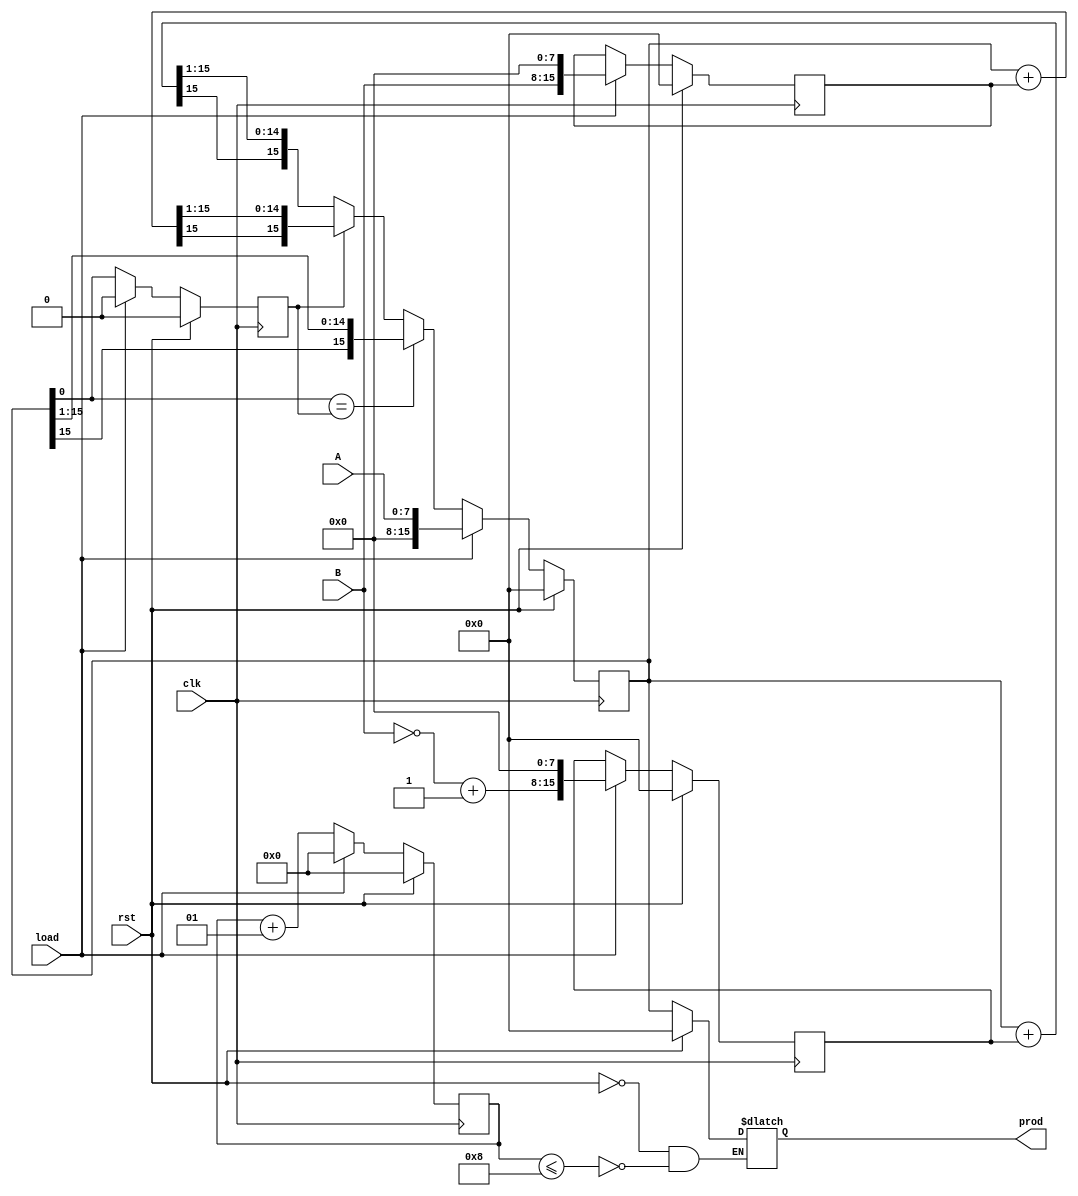
/*
   Assignment No. - 6
   Problem No. - 3
   Semester - 5 (Autumn 2021-22)
   Group No. - 30
   Group Members - Vanshita Garg (19CS10064) & Ashutosh Kumar Singh (19CS30008)
*/

`timescale 1ns / 1ps

// Module for Sequential Signed Binary Multiplier (Booth Multiplier)
module booth_multiplier #(parameter N = 8) (clk, rst, load, A, B, prod);
     /*
      Input and output ports :
      clk - the clock signal
      rst - the reset signal
      load - the load signal
      A - parallel load value for 1st integer
      B - parallel load value for 2nd integer
      prod - the 16-bit product output
    */
    input clk, rst, load;
    input signed [N-1:0] A, B;
    output reg [2*N-1:0] prod;

    // right_bit stores the rightmost shifted bit used in booth multiplier 
    // Initialized to zero
    reg right_bit = 1'b0; 

    // pos_B stores 8-bit right shifted positive multiplicand B
    // neg_B stores 8-bit right shifted negative multiplicand B
    // prod_sofar stores temporary computed product after each iteration 
    reg signed [2*N-1:0] pos_B, neg_B, prod_sofar;

    // a and b stores A and B respectively, used for parallel load of input
    reg signed [N-1:0] a, b;

    // loop counter for booth multiplication algorithm, will count till 8
    integer counter = 0;

    // executes on every positive edge of clk
    always @(posedge clk) begin

        // If rst is pressed, reset everything to 0
        if (rst) begin
            right_bit <= 1'b0;
            a <= 8'b0;
            b <= 8'b0;
            pos_B <= 16'b0;
            neg_B <= 16'b0;
            prod_sofar <= 16'b0;
            counter <= 0;
        end

        // If load is pressed, load data and reset everything else
        else if (load) begin
            right_bit <= 1'b0;
            a <= A;
            b <= B;
            pos_B <= {B, 8'b0};
            neg_B <= (~B + 1'b1) << 8;
            prod_sofar <= {8'b0, A};
            counter <= 0;
        end

        // Computes product of A and B by checking two leftmost bits
        else begin

            // If two leftmost bits are 00 or 11, shift right by 1-bit
            if (prod_sofar[0] == right_bit) begin
                prod_sofar <= prod_sofar >>> 1;
            end 

            // If two leftmost bits are 10, add neg_B and shift right by 1-bit
            else if (right_bit == 1'b0) begin
                prod_sofar <= (prod_sofar + neg_B) >>> 1;
            end 

            // If two leftmost bits are 01, subtract neg_B and shift right by 1-bit
            else begin
                prod_sofar <= (prod_sofar + pos_B) >>> 1;
            end

            // update rightmost bit after shifting
            right_bit <= prod_sofar[0];

            // increment counter
            counter <= counter + 1;
        end
    end

    // update output product
    always @(*) begin

        // If rst is pressed, prod = 0
        if (rst)
            prod <= 0;

        // If counter < 8, update prod, else do nothing
        else if (counter <= 8)
            prod <= prod_sofar;
    end

endmodule